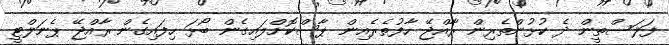
ފަލަސްތީން ދެ ކުޅުންތެރިން ރާއްޖޭ ހާފުތެރެއިން ޕާސްކޮށްލައިގެން ބޯޅަ ހިފައިގެން ރާއްޖޭ ޕެނަލްޓީ